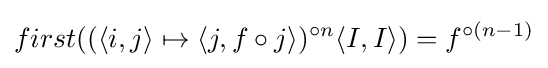
first((\langle i,j\rangle \mapsto \langle j,f\circ j\rangle )^{\circ n}\langle I,I\rangle )=f^{\circ (n-1)}